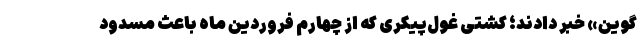
گوین» خبر دادند؛ کشتی غول‌پیکری که از چهارم فروردین ماه باعث مسدود